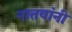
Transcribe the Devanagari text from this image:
नातवांनी